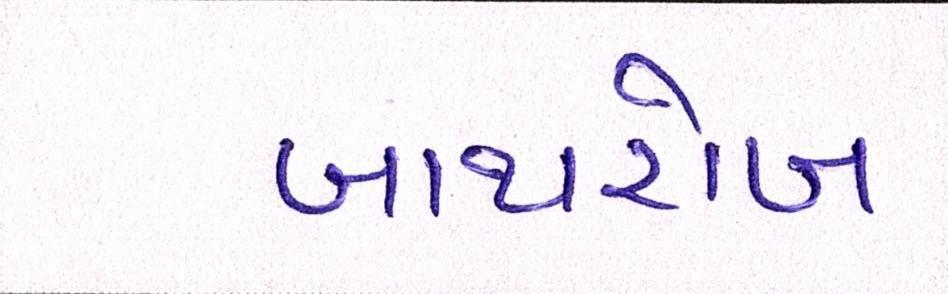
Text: બાથરોબ